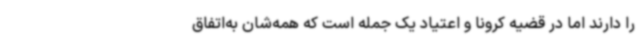
را دارند اما در قضیه کرونا و اعتیاد یک جمله است که همه‌شان به‌اتفاق